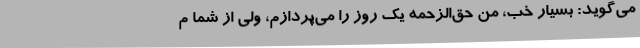
می‌گوید: بسیار خب، من حق‌الزحمه یک روز را می‌پردازم، ولی از شما م